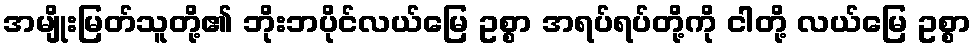
အမျိုးမြတ်သူတို့၏ ဘိုးဘပိုင်လယ်မြေ ဥစ္စာ အရပ်ရပ်တို့ကို ငါတို့ လယ်မြေ ဥစ္စာ